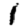
Digit: 1